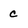
Character: c